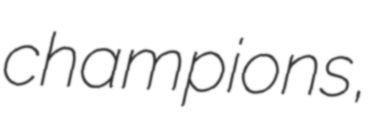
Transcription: champions,